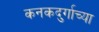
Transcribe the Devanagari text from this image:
कनकदुर्गाच्या